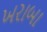
ખરાબા